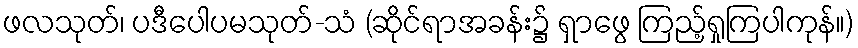
ဖလသုတ်၊ ပဒီပေါပမသုတ်-သံ (ဆိုင်ရာအခန်း၌ ရှာဖွေ ကြည့်ရှုကြပါကုန်။)